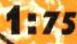
1:75